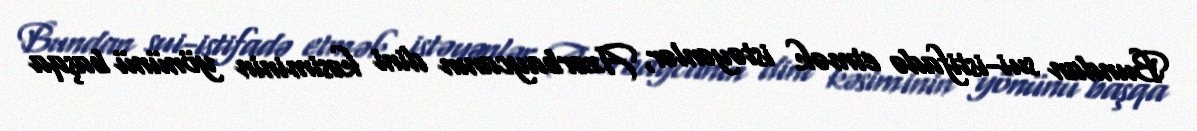
Bundan sui-istifadə etmək istəyənlər, Azərbaycanın dini kəsiminin yönünü başqa